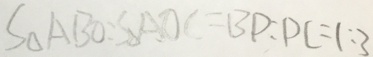
S _ { \Delta A B O } : S _ { \Delta A O C } = B P : P C = 1 : 3